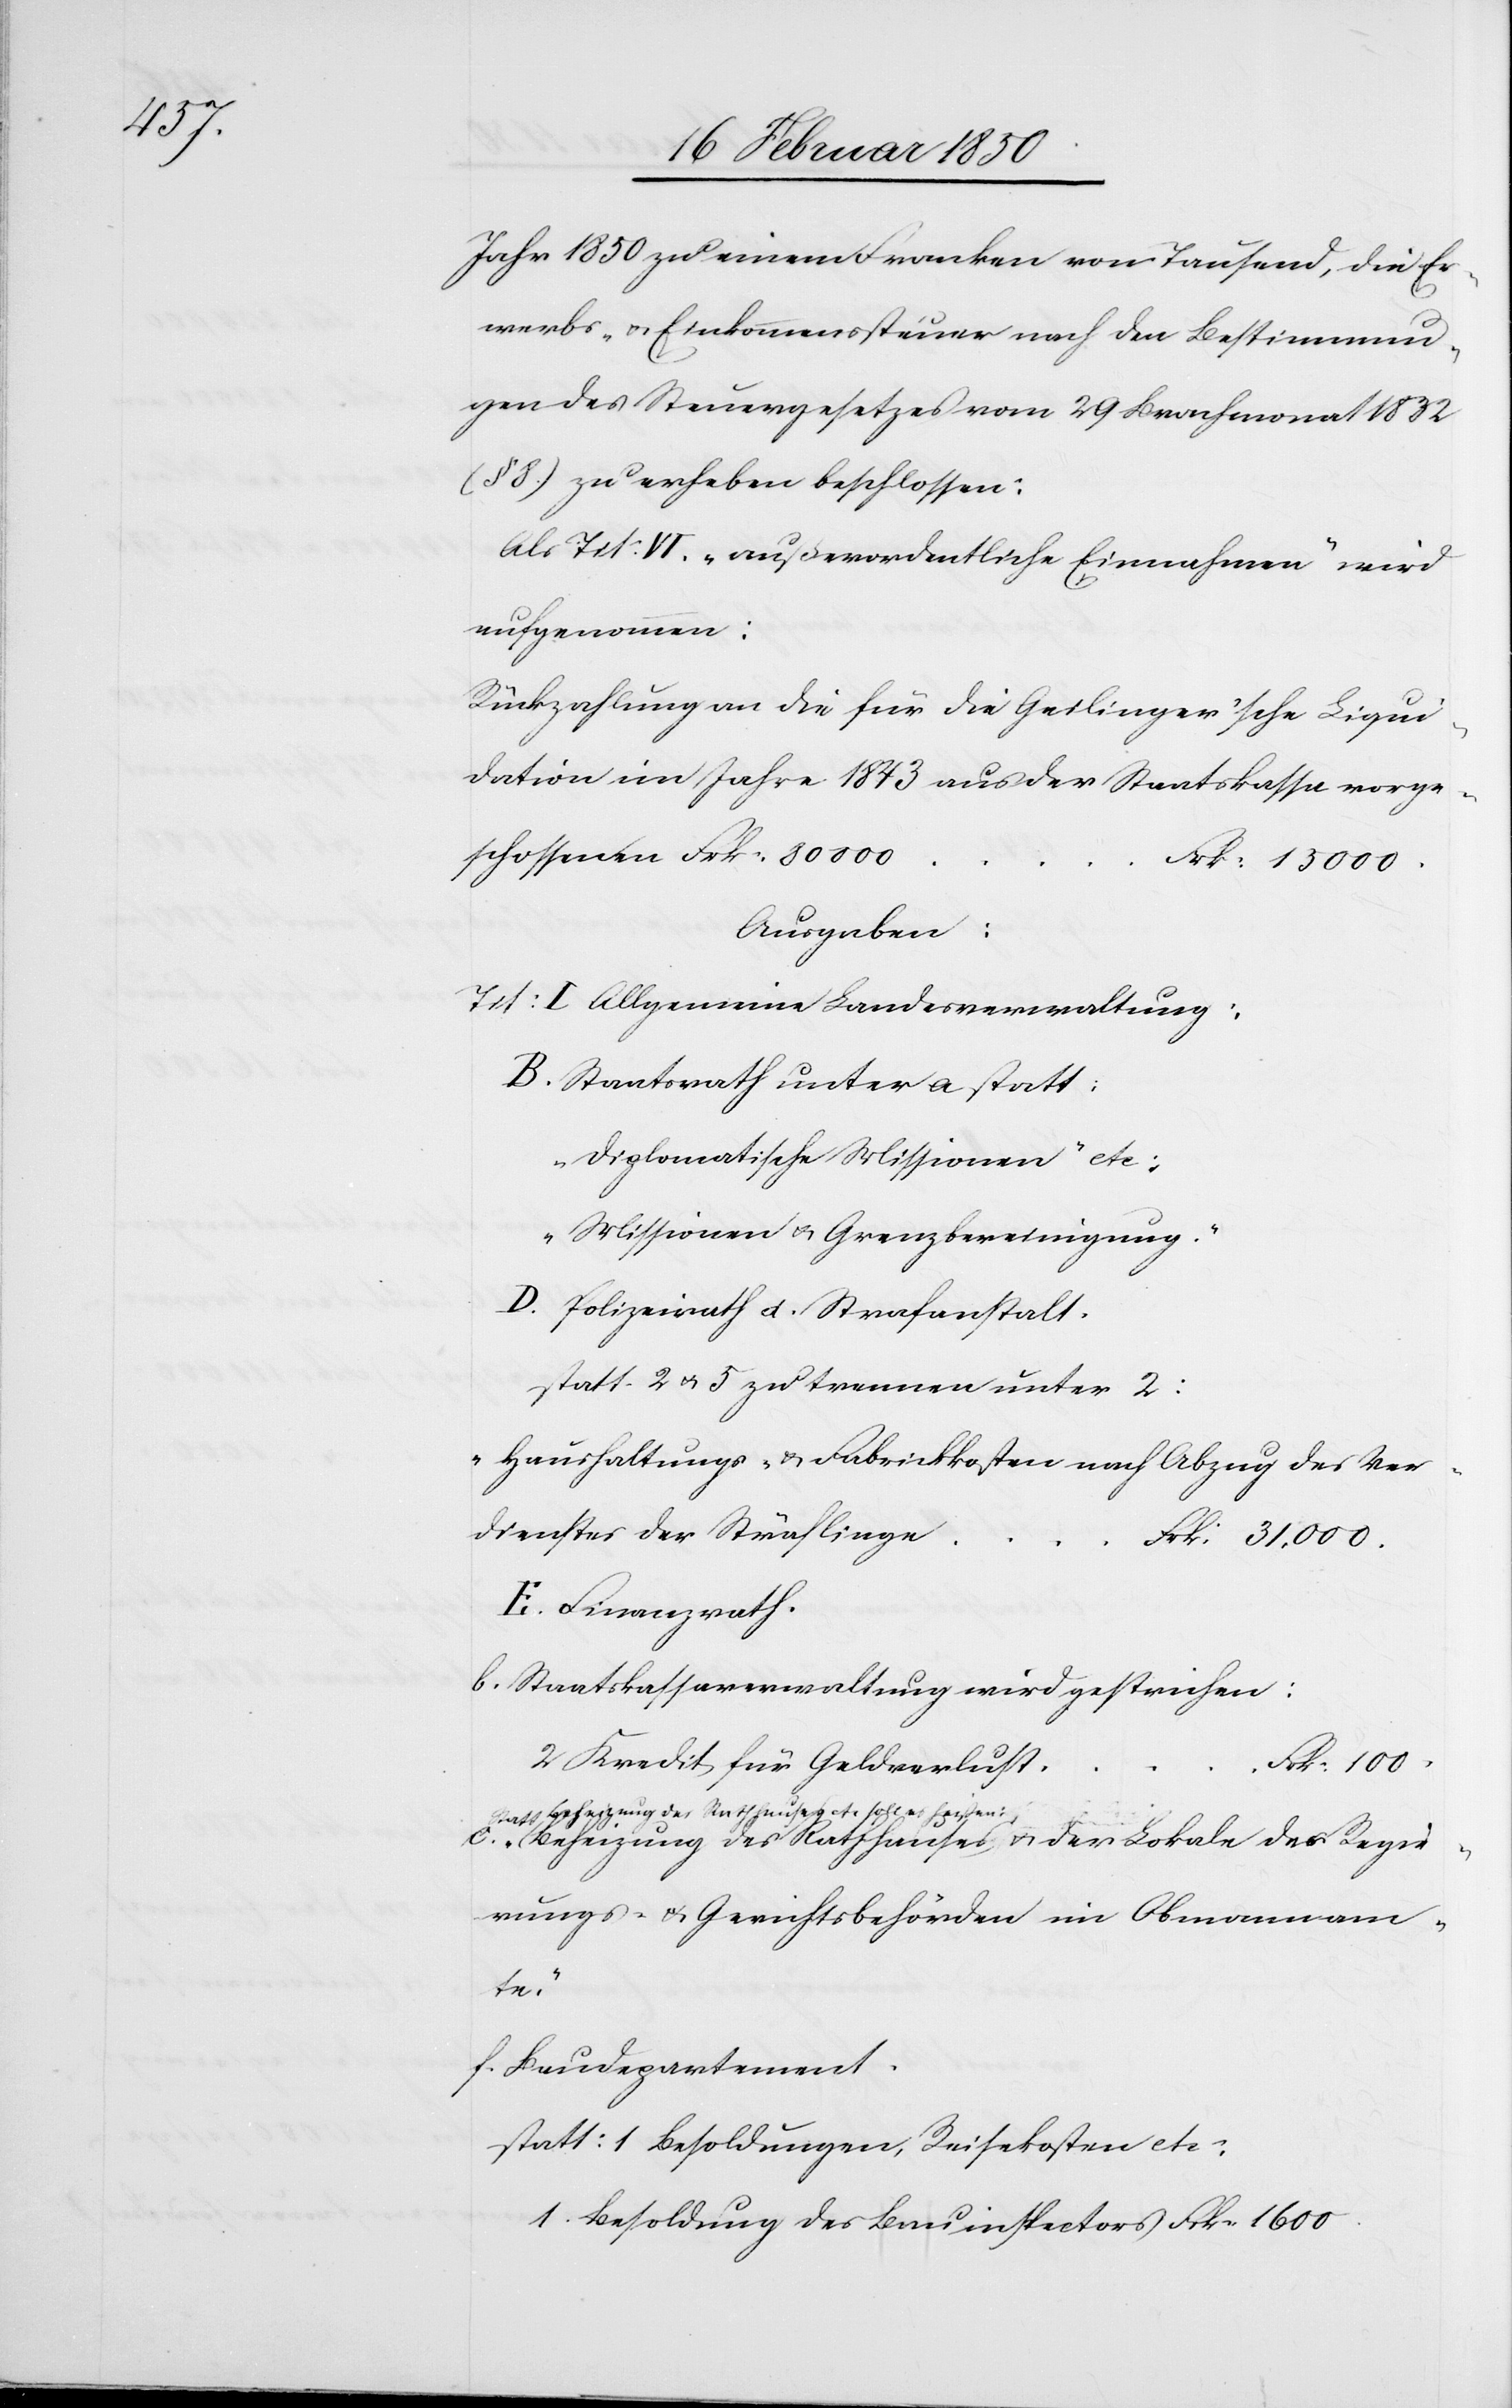
Jahr 1850 zu einem Franken von Tausend, die Er¬
werbs- u. Einkommenssteuer nach den Bestimmun¬
gen des Steuergesetzes vom 29 Brachmonat 1832
8.) zu erheben beschlossen:
Als Tit: VI. „außerordentliche Einnahmen“ wird
aufgenommen:
Rückzahlung an die für die Geilinger’sche Liqui¬
dation im Jahre 1843 aus der Staatskassa vorge¬
schossenen Frk: 80000
1.
Frkn 1600
Ausgaben:
Tit: I Allgemeine Landesverwaltung:
B. Staatsrath unter a statt:
„Diplomatische Missionen“ etc:
„Missionen u. Grenzbereinigung.“
D. Polizeirath [? u.] Strafanstalt
statt 2 u. 5 zu trennen unter 2:
„Haushaltungs- u. Fabrickkosten nach Abzug des Ver¬
dienstes der Sträflinge
Frk: 31,000
E. Finanzrath.
b. Staatskassaverwaltung wird gestrichen:
2 Kredit für Geldverlust
Frk: 100
Statt Beheizung des Rathhauses etc soll es heißen:
„Beheizung des Rathhauses u. der Lokale der Regie¬
rungs- u. Gerichtsbehörden im Obmannam¬
te.“
f. Baudepartement.
statt: 1 Besoldungen, Reisekosten etc: